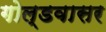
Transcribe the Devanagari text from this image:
गोल्डवासर